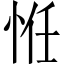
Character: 㤛